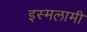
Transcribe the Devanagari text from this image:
इस्मलामी